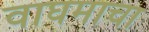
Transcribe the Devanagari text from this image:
वाघमाचा